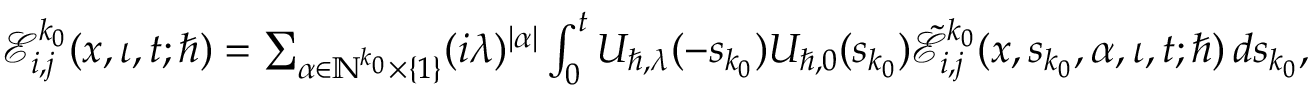
\begin{array} { r } { \mathcal { E } _ { i , j } ^ { k _ { 0 } } ( \boldsymbol { x } , \iota , t ; \hbar ) = \sum _ { \alpha \in \mathbb { N } ^ { k _ { 0 } } \times \{ 1 \} } ( i \lambda ) ^ { | \alpha | } \int _ { 0 } ^ { t } U _ { \hbar , \lambda } ( - s _ { k _ { 0 } } ) U _ { \hbar , 0 } ( s _ { k _ { 0 } } ) \tilde { \mathcal { E } } _ { i , j } ^ { k _ { 0 } } ( \boldsymbol { x } , s _ { k _ { 0 } } , \alpha , \iota , t ; \hbar ) \, d s _ { k _ { 0 } } , } \end{array}